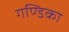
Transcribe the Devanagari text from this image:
गण्डिका